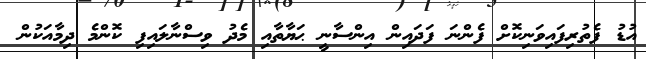
އުޑު ފެތުރިފައިވަނިކޮށް ފެންނަ ފަދައިން އިންސާނީ ޙަޔާތާއި މެދު ވިސްނާލައިފި ކޮންމެ ދިމާއަކުން